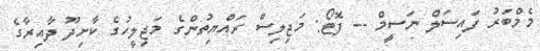
މެމްބަރު ފައިސަލް ނަސީމް -- ފޮޓޯ: މަޖިލިސް ރައްޔިތުންގެ މަޖިލީހުގެ ކާށިދޫ ދާއިރާގެ